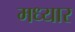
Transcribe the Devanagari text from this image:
मध्यार